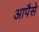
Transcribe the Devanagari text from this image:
आपैसे